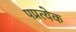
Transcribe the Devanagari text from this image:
पप्रत्येक